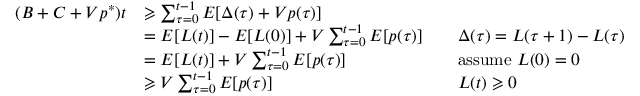
{ \begin{array} { r l r l } { ( B + C + V p ^ { * } ) t } & { \geqslant \sum _ { \tau = 0 } ^ { t - 1 } E [ \Delta ( \tau ) + V p ( \tau ) ] } \\ & { = E [ L ( t ) ] - E [ L ( 0 ) ] + V \sum _ { \tau = 0 } ^ { t - 1 } E [ p ( \tau ) ] } & & { \Delta ( \tau ) = L ( \tau + 1 ) - L ( \tau ) } \\ & { = E [ L ( t ) ] + V \sum _ { \tau = 0 } ^ { t - 1 } E [ p ( \tau ) ] } & & { { \mathrm { a s s u m e ~ } } L ( 0 ) = 0 } \\ & { \geqslant V \sum _ { \tau = 0 } ^ { t - 1 } E [ p ( \tau ) ] } & & { L ( t ) \geqslant 0 } \end{array} }